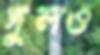
দুলও